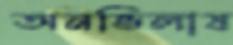
অনভিলাষ